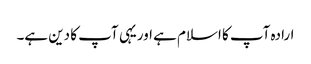
ارادہ آپ کا اسلام ہے اوریہی آپ کا دین ہے۔